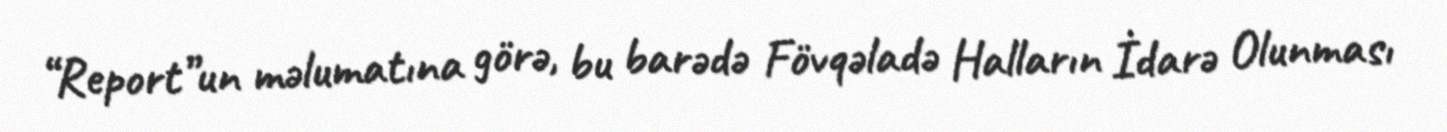
“Report”un məlumatına görə, bu barədə Fövqəladə Halların İdarə Olunması